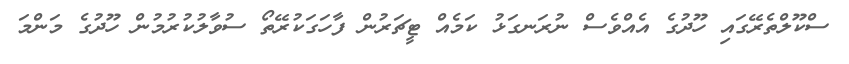
ސްކޫލްތެރޭގައި ހޫދުގެ އެއްވެސް ނުރަނގަޅު ކަމެއް ޓީޗަރުން ފާހަގަކުރޭތޯ ސުވާލުކުރުމުން ހޫދުގެ މަންމަ